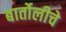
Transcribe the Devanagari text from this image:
बार्तोलीचे